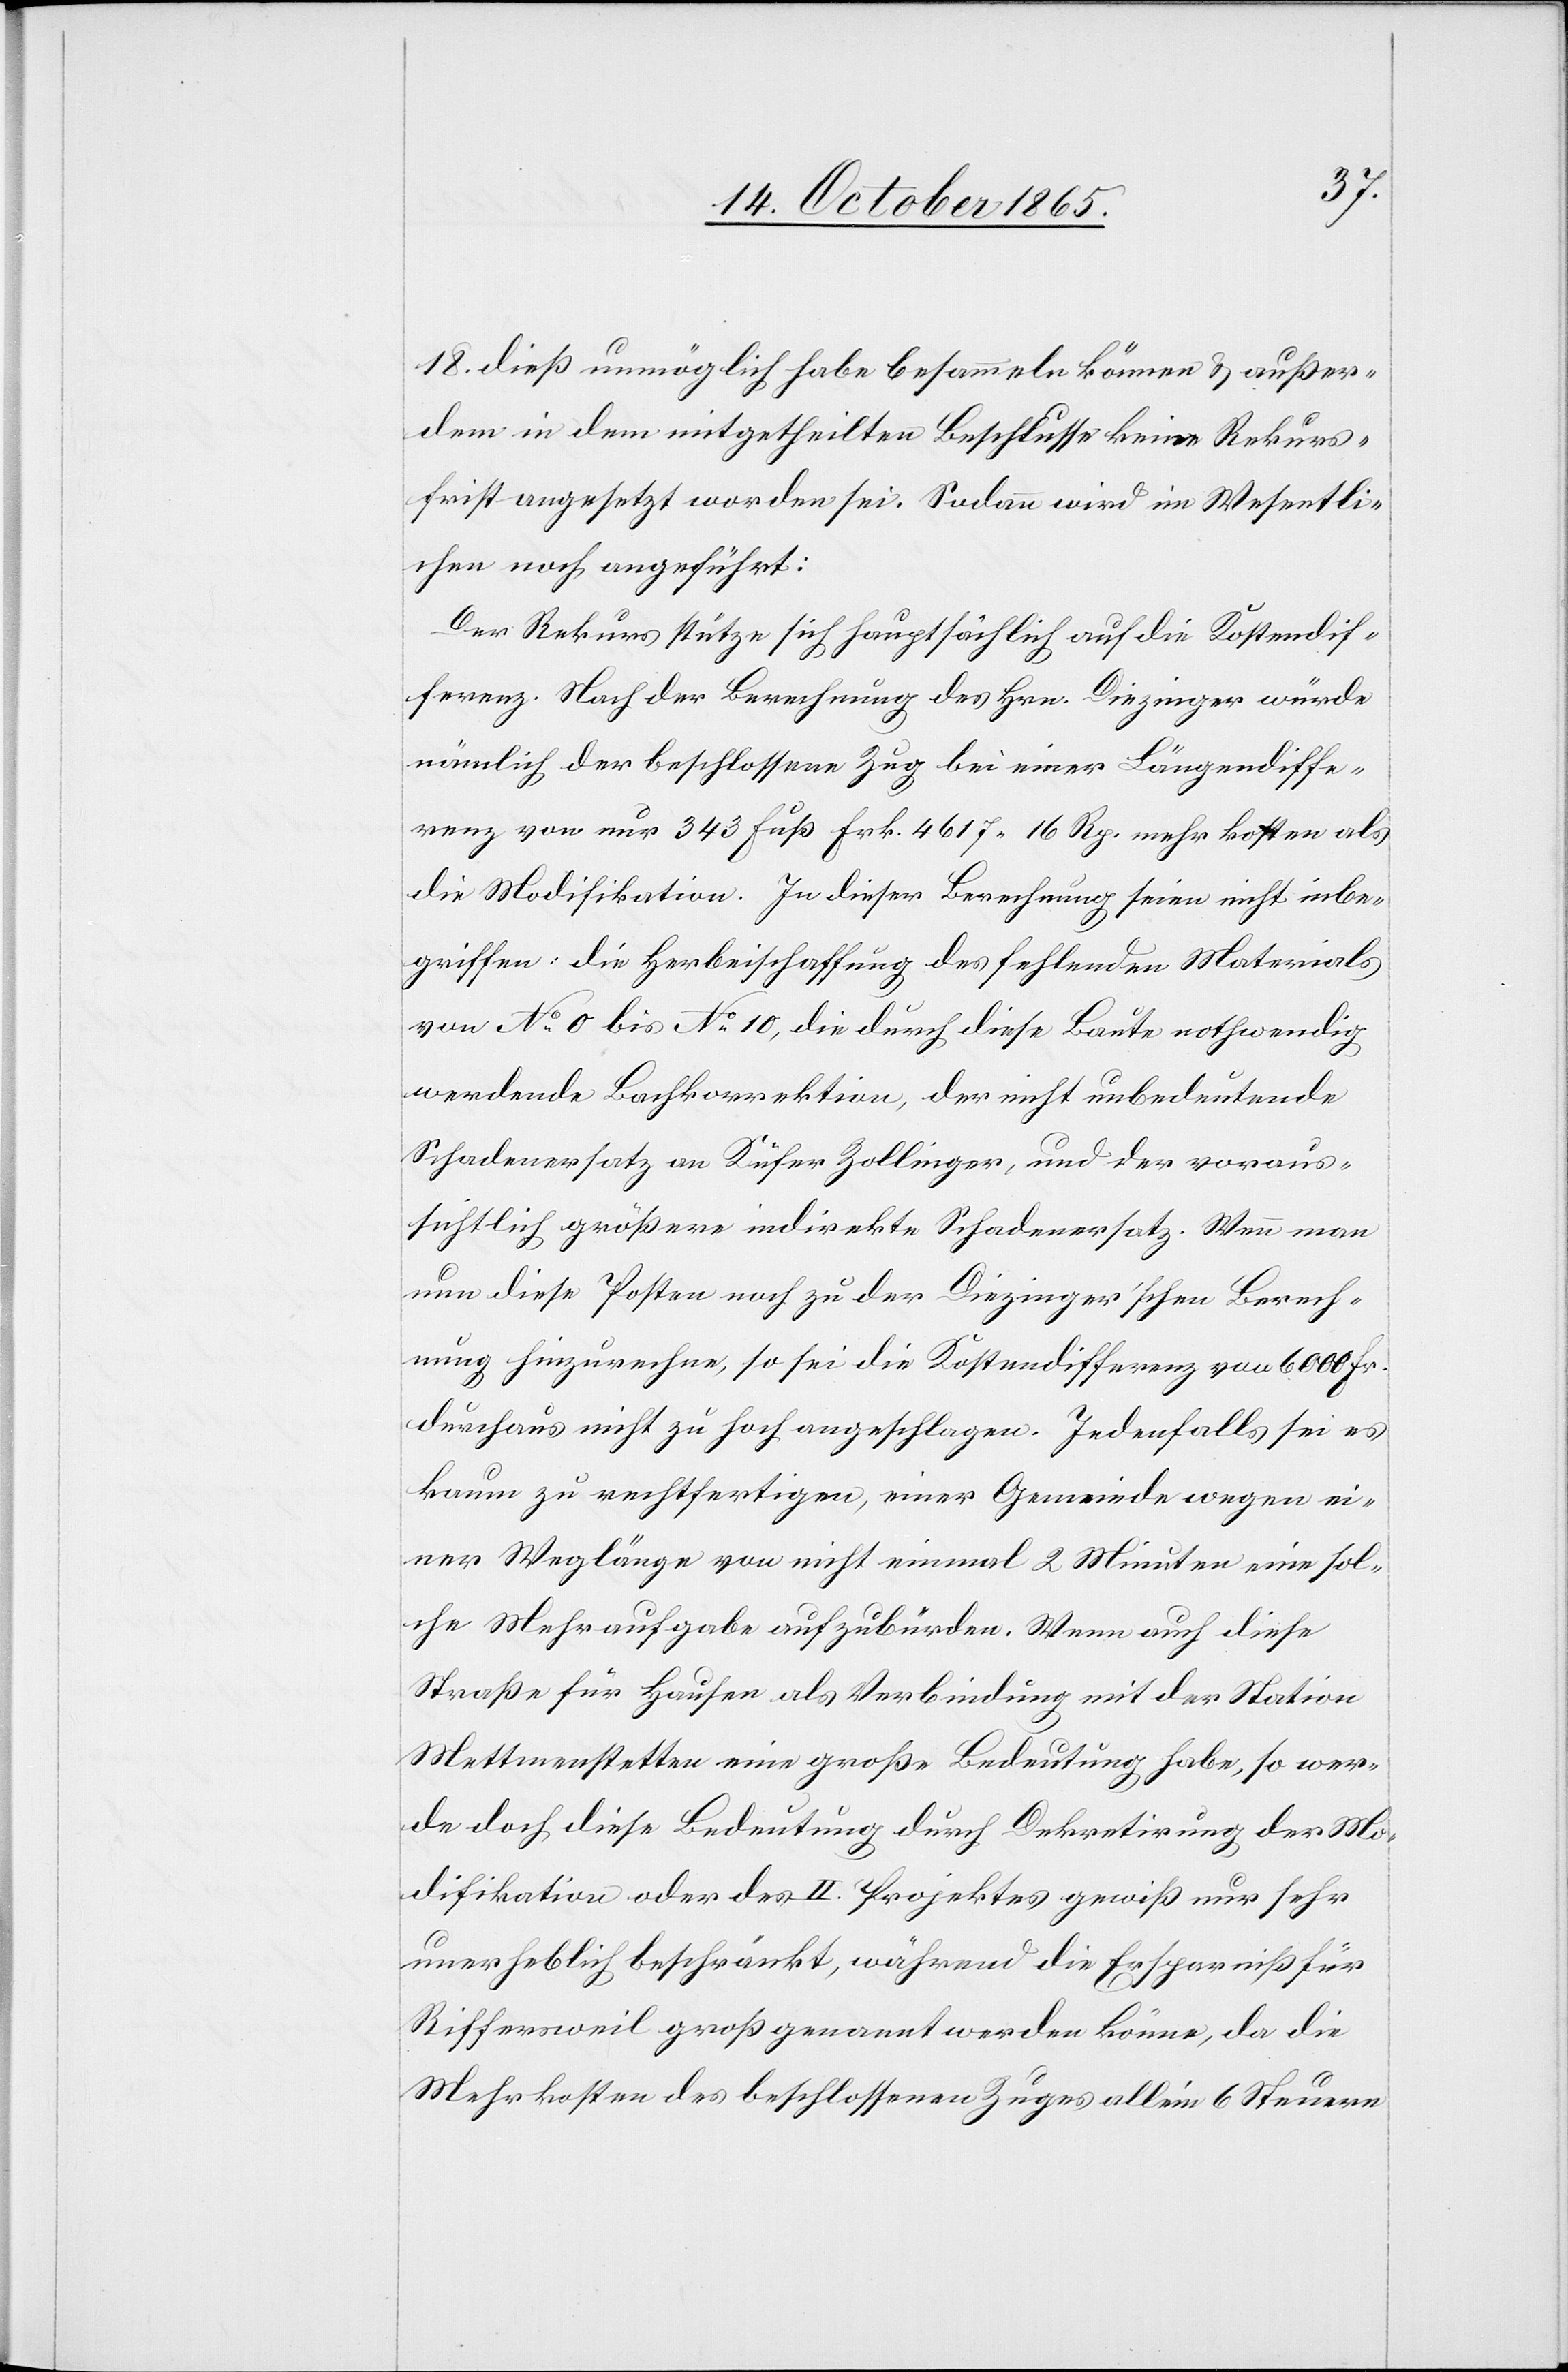
18. dieß unmöglich habe besammeln können & außer¬
dem in dem mitgetheilten Beschlusse keine Rekurs¬
frist angesetzt worden sei. Sodann wird im Wesentli¬
chen noch angeführt:
Der Rekurs stütze sich hauptsächlich auf die Kostendif¬
ferenz. Nach der Berechnung des Hrn. Diezinger würde
nämlich der beschlossene Zug bei einer Längendiffe¬
renz von nur 343 Fuß Frk. 4617 16 Rp. mehr kosten als
die Modifikation. In dieser Berechnung seien nicht inbe¬
griffen: die Herbeischaffung des fehlenden Materials
von No 0 bis No 10, die durch diese Baute nothwendig
werdende Bachkorrektion, der nicht unbedeutende
Schadenersatz an Küfer Zollinger, und der voraus¬
sichtlich größere indirekte Schadenersatz. Wenn man
nun diese Posten noch zu der Diezinger’schen Berech¬
nung hinzurechne, so sei die Kostendifferenz von 6000 Fr.
durchaus nicht zu hoch angeschlagen. Jedenfalls sei es
kaum zu rechtfertigen, einer Gemeinde wegen ei¬
ner Weglänge von nicht einmal 2 Minuten eine sol¬
che Mehraufgabe aufzubürden. Wenn auch diese
Straße für Hausen als Verbindung mit der Station
Mettmenstetten eine große Bedeutung habe, so wer¬
de doch diese Bedeutung durch Dekretirung der Mo¬
difikation oder des II. Projektes gewiß nur sehr
unerheblich beschränkt, während die Ersparniß für
Riffersweil groß genannt werden könne, da die
Mehrkosten des beschlossenen Zuges allein 6 Steuern